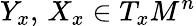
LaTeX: Y_{x},\, X_{x}\in T_{x}M^{n}